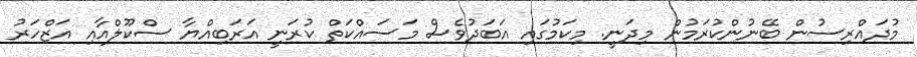
މުދައްރިސުން ބޭނުންކުރަމުން މިދަނީ. މިކަމުގައި އަބަދުވެސް މަސައްކަތް ކުރަނީ އަރަބިއްޔާ ސްކޫލްއާއި އަޒްހަރު